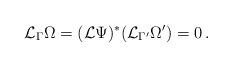
LaTeX: \begin{align*}{\mathcal L}_{\Gamma}\Omega=({\mathcal L} \Psi)^*({\mathcal L}_{\Gamma'}\Omega')=0\, .\end{align*}